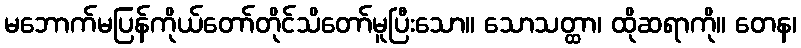
မဘောက်မပြန်ကိုယ်တော်တိုင်သိတော်မူပြီးသော။ သောသတ္ထာ၊ ထိုဆရာကို။ တေန၊